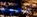
للعوده